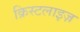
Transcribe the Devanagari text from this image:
क्रिस्टलाइज़